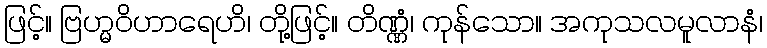
ဖြင့်။ ဗြဟ္မဝိဟာရေဟိ၊ တို့ဖြင့်။ တိဏ္ဏံ၊ ကုန်သော။ အကုသလမူလာနံ၊